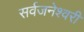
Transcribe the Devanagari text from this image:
सर्वजनेश्वरी